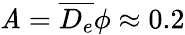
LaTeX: \mathit{A}=\overline{{{D_{e}}}}\phi\approx0.2